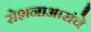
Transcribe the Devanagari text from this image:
रोशनाआरांचे